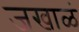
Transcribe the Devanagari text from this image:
जखाळं